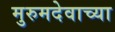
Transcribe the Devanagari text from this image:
मुरुमदेवाच्या